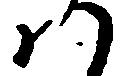
ハ